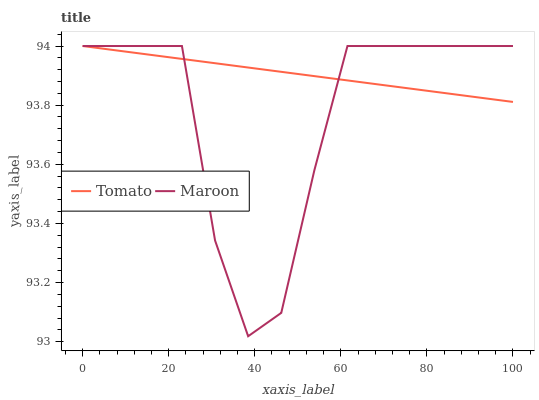
| xaxis_label | Tomato | Maroon |
 | --- | --- | --- |
 | 0 | 94 | 94 |
 | 7.69 | 94 | 94 |
 | 15.4 | 94 | 94 |
 | 23.1 | 94 | 94 |
 | 30.8 | 93.9 | 93.3 |
 | 38.5 | 93.9 | 93 |
 | 46.2 | 93.9 | 93.1 |
 | 53.8 | 93.9 | 93.6 |
 | 61.5 | 93.9 | 94 |
 | 69.2 | 93.9 | 94 |
 | 76.9 | 93.9 | 94 |
 | 84.6 | 93.8 | 94 |
 | 92.3 | 93.8 | 94 |
 | 100 | 93.8 | 94 |